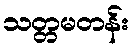
သတ္တမတန်း